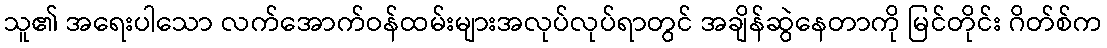
သူ၏ အရေးပါသော လက်အောက်ဝန်ထမ်းများအလုပ်လုပ်ရာတွင် အချိန်ဆွဲနေတာကို မြင်တိုင်း ဂိတ်စ်က